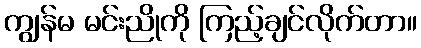
ကျွန်မ မင်းညိုကို ကြည့်ချင်လိုက်တာ။